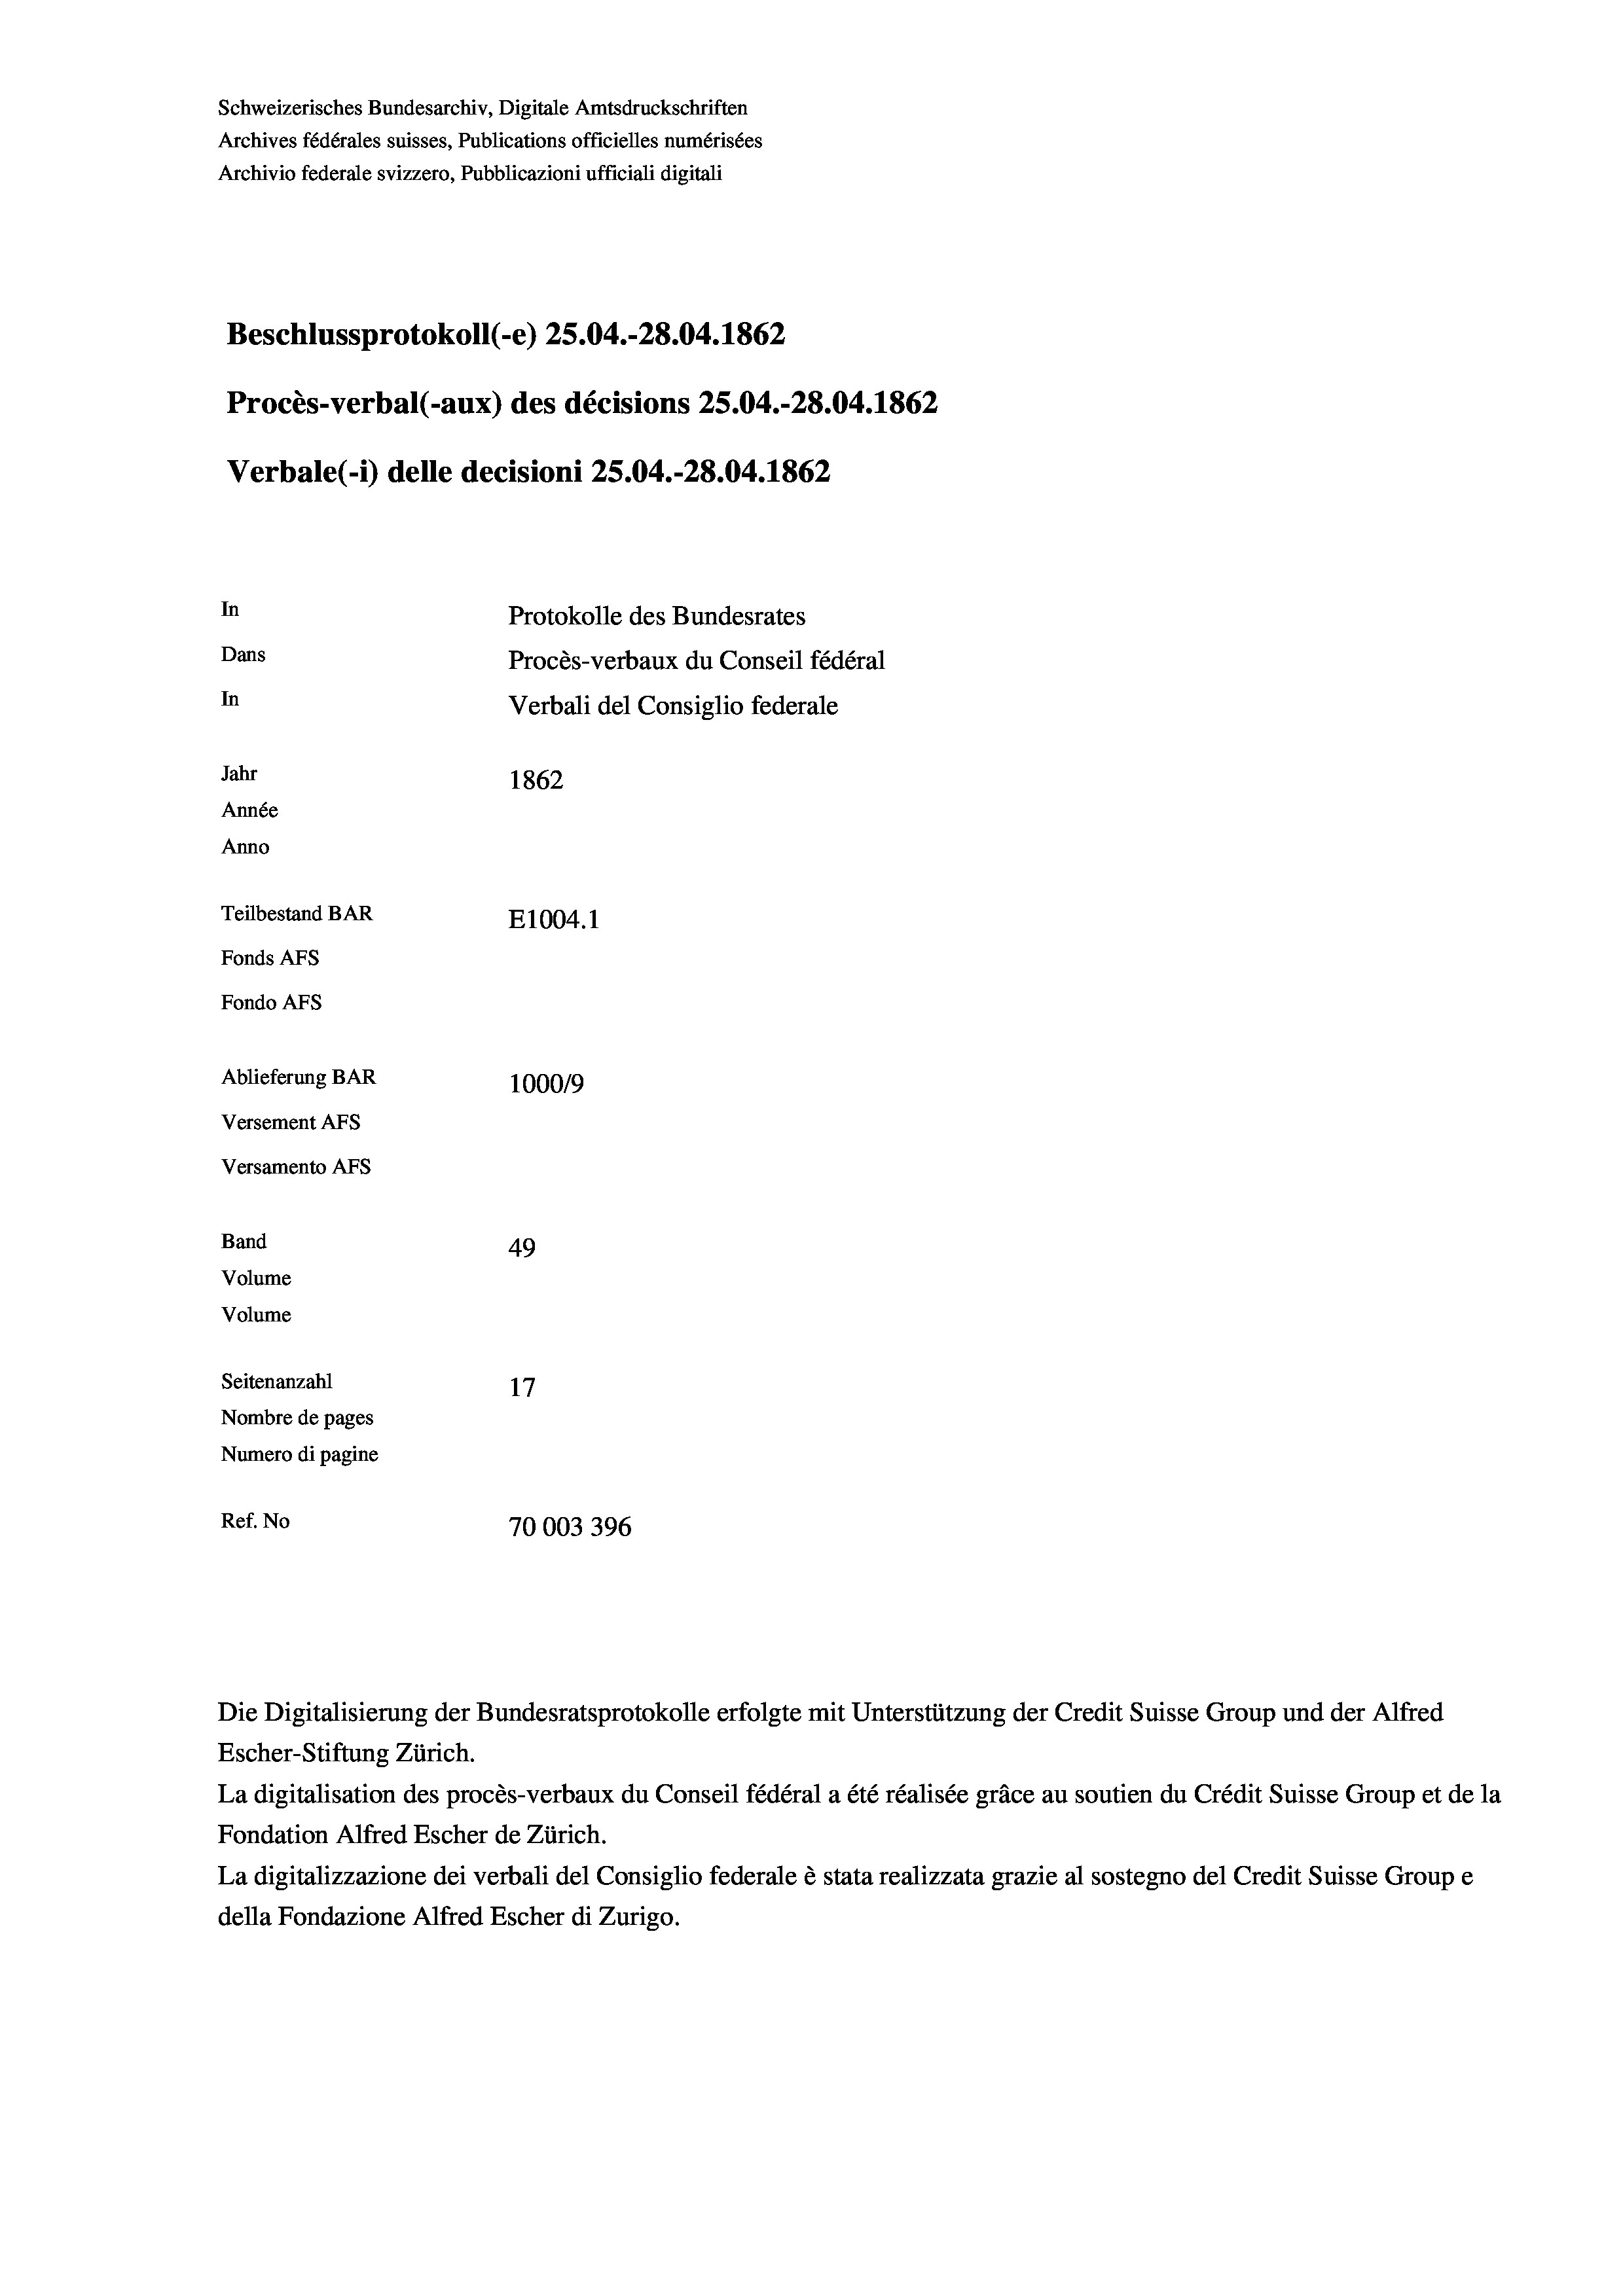
Schweizerisches Bundesarchiv, Digitale Amtsdruckschriften
Archives fédérales suisses, Publications officielles numérisées
Archivio federale svizzero, Pubblicazioni ufficiali digitali
Beschlussprotokoll (-e) 25.04.-28.04. 1862
Procès-verbal (-aux) des décisions 25.04.-28.04. 1862
Verbale(-*) delle decisioni 25.04.-28.04. 1862
In
Protokolle des Bundesrates
Dans
Procès-verbaux du Conseil fédéral
In
Verbali del Consiglio federale
Jahr
1862
Année
Anno
Teilbestand BAR
E1004. 1
Fonds AFs
Fondo Afs
Ablieferung BAR
100019
Versement AFs
Versamento AFS
Band
49
Volume
Volume
Seitenanzahl
17
Nombre de pages
Numero di pagine
Ref. No
70003396

Die Digitalisierung der Bundesratsprotokolle erfolgte mit Unterstützung der Credit Suisse Group und der Alfred

Escher-Stiftung Zürich.
La digitalisation des procès-verbaux du Conseil fédéral a été réalisée gräce au soutien du Crédit Suisse Group et de la
Fondation Alfred Escher de Zürich.
La digitalizzazione dei verbali del Consiglio federale è stata realizzata grazie al sostegno del Credit Suisse Groupe
della Fondazione Alfred Escher di Zurigo.